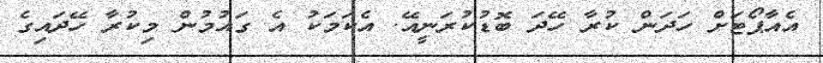
އެއާޕޯޓަށް ހަދަން ކުރާ ހޭދަ ބޮޑުކުރަނީއޭ. އެކަމަކު އެ ގައުމުން މިކުރާ ހޭދައިގެ